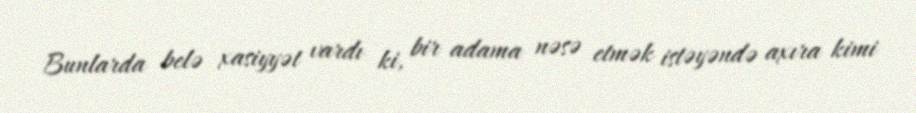
Bunlarda belə xasiyyət vardı ki, bir adama nəsə etmək istəyəndə axıra kimi